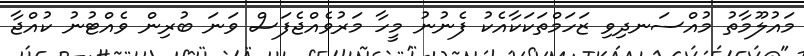
މައުލޫމާތު މުއްސަނދިވި ޒަހަމްތަކަކާއެކު ފެނުނު މީހާ މަރުވެއްޖެފަސް ވަނަ ބުރިން ވެއްޓުނު ކުއްޖާ